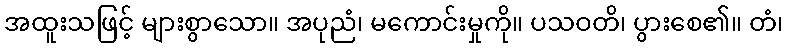
အထူးသဖြင့် များစွာသော။ အပုညံ၊ မကောင်းမှုကို။ ပသဝတိ၊ ပွားစေ၏။ တံ၊